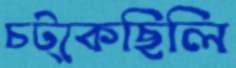
চট্‌কেছিলি